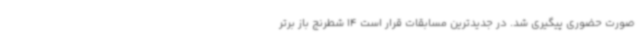
صورت حضوری پیگیری شد. در جدیدترین مسابقات قرار است 14 شطرنج باز برتر